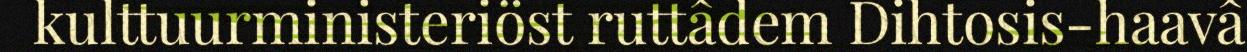
kulttuurministeriöst ruttâdem Dihtosis-haavâ